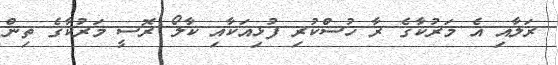
ރަލާއި އެ މަރުކާގެ ރާ ހުސްކުރި ފުޅިއަކާއި ކާލޯ ރޮސީ މަރުކާގެ ތިން